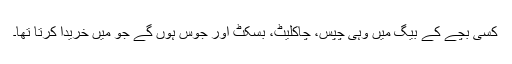
کسی بچے کے بیگ میں وہی چپس، چاکلیٹ، بسکٹ اور جوس ہوں گے جو مَیں خریدا کرتا تھا۔